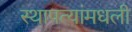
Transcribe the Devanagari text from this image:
स्थापत्यांमधली